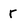
Character: r